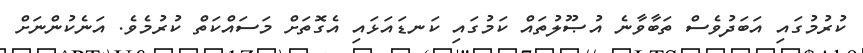
ކުރުމުގައި އަބަދުވެސް ތަބާވާނެ އުޞޫލުތައް ކަމުގައި ކަނޑައަޅައި އެގޮތަށް މަސައްކަތް ކުރުމެވެ. އަނެކުންނަށް